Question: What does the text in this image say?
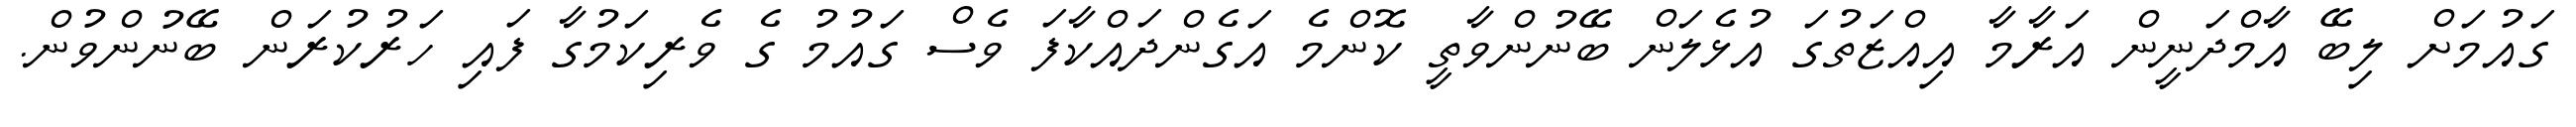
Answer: ގައުމަށް ލިބޭ އާމްދަނީން އަރާމާ އިއްޒަތުގަ އުޅެލަން ބޭނުންވާތީ ކޮންމެ އަގެންދައްކާފަ ވެސް ގައުމު ގެ ވެރިކަމުގާ ފައި ހަރުކުރަން ބޭނުންވުން.